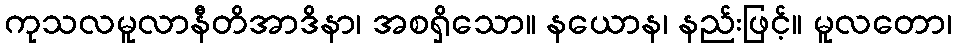
ကုသလမူလာနီတိအာဒိနာ၊ အစရှိသော။ နယောန၊ နည်းဖြင့်။ မူလတော၊